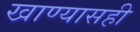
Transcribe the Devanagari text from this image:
खाण्यासही